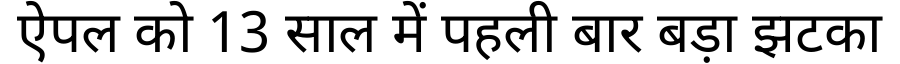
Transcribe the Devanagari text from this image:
ऐपल को 13 साल में पहली बार बड़ा झटका